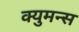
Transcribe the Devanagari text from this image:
क्युमन्स